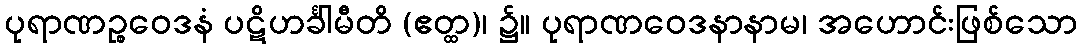
ပုရာဏဉ္စဝေဒနံ ပဋိဟင်္ခါမီတိ (ဧတ္ထ)၊ ၌။ ပုရာဏဝေဒနာနာမ၊ အဟောင်းဖြစ်သော